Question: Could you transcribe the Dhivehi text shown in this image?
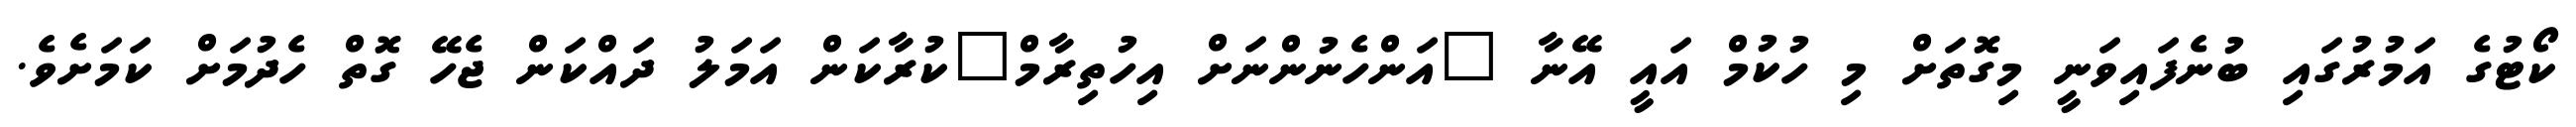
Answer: ކޯޓުގެ އަމުރުގައި ބުނެފައިވަނީ މިގޮތަށް މި ހުކުމް އައީ އޭނާ "އަންހެނުންނަށް އިހުތިރާމް"ކުރާކަން އަމަލު ދައްކަން ޖެހޭ ގޮތް ހެދުމަށް ކަމަށެވެ.